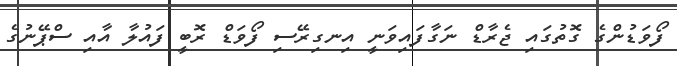
ފޯވަޑުންގެ ގޮތުގައި ޖެރާޑް ނަގާފައިވަނީ އިނގިރޭސި ފޯވަޑް ރޮބީ ފައުލާ އާއި ސްޕޭނުގެ